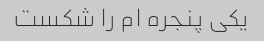
یکی پنجره ام را شکست